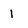
Character: 1